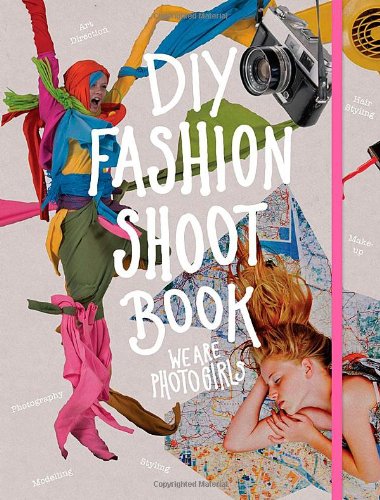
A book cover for DIY Fashion Shoot Book; We are Photogirls; Teen & Young Adult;